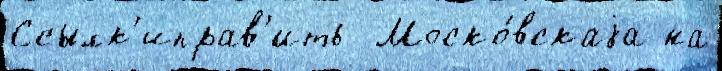
Ссылк'иправ'ить  Моско́вскаjа на